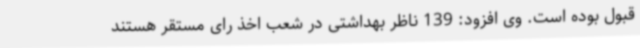
قبول بوده است. وی افزود: 139 ناظر بهداشتی در شعب اخذ رای مستقر هستند